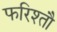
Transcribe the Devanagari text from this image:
फरिश्तौ